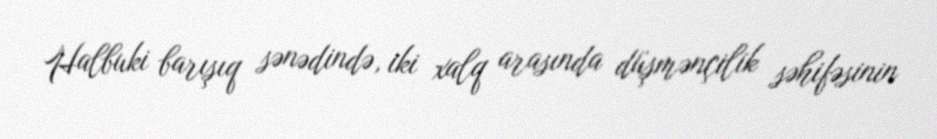
Halbuki barışıq sənədində, iki xalq arasında düşmənçilik səhifəsinin